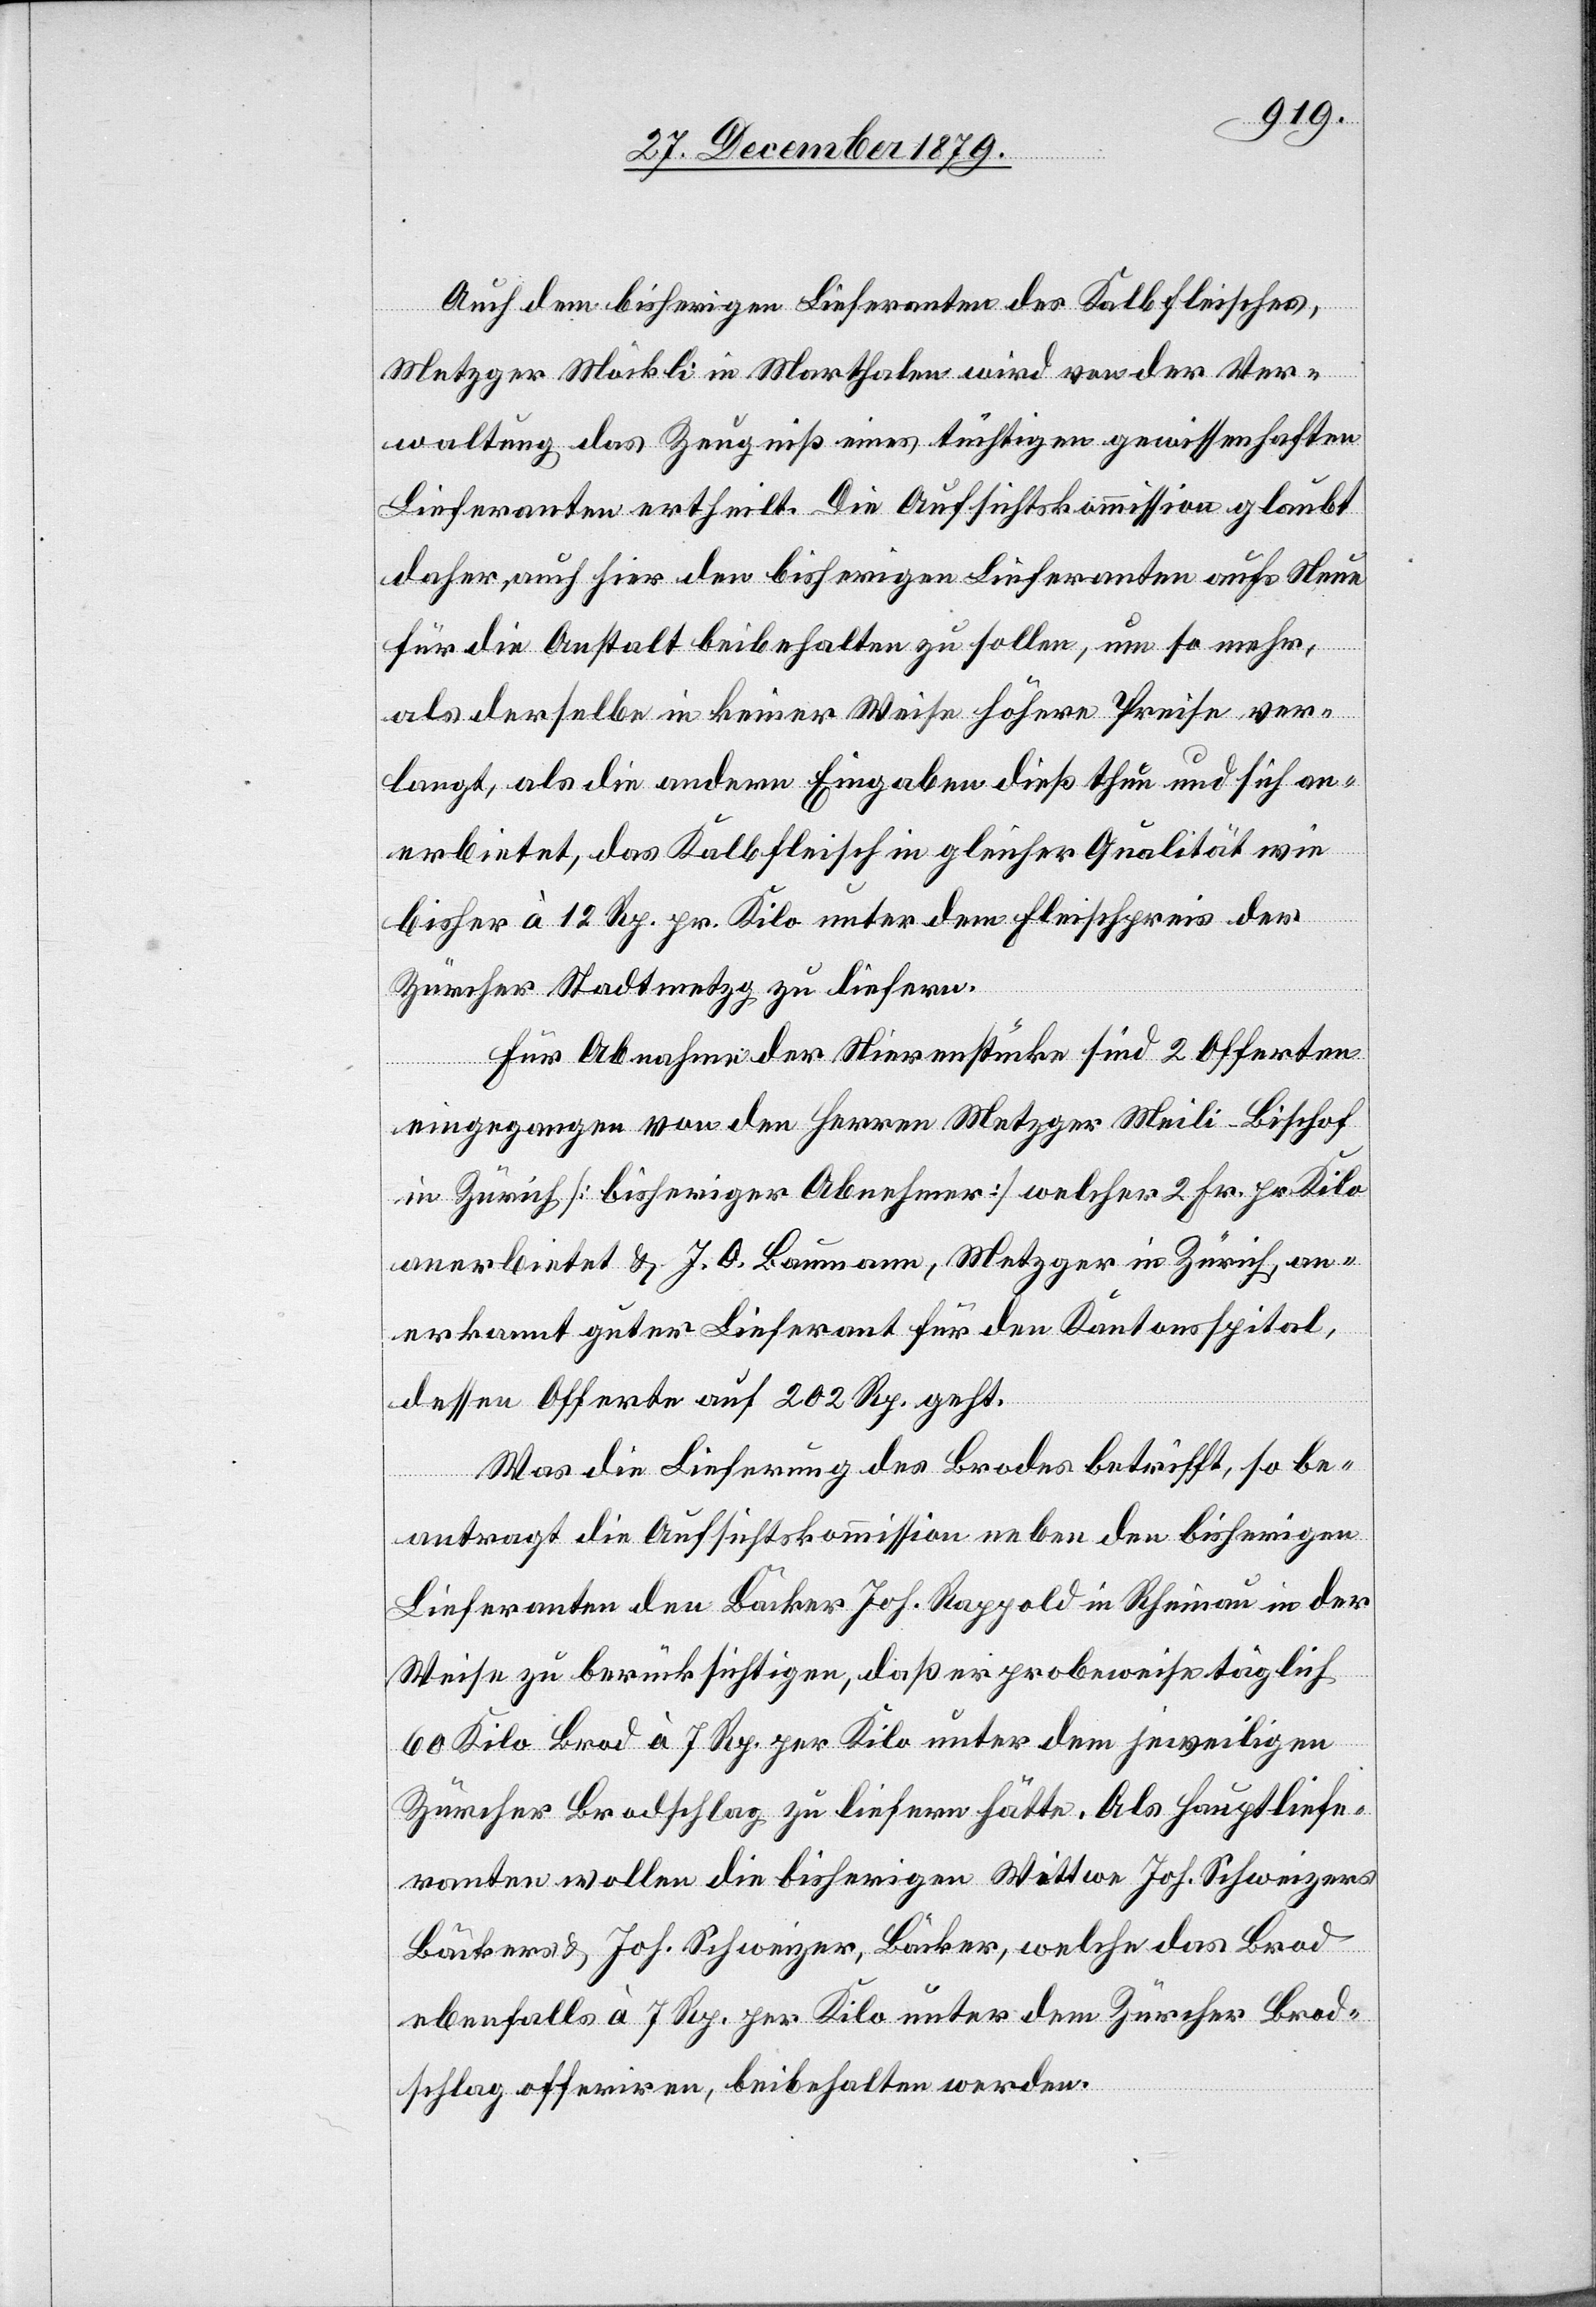
Auch dem bisherigen Lieferanten des Kalbfleisches,
Metzger Möckli in Marthalen wird von der Ver¬
waltung das Zeugniß eines tüchtigen gewissenhaften
Lieferanten ertheilt. Die Aufsichtskommission glaubt
daher, auch hier den bisherigen Lieferanten aufs Neue
für die Anstalt beibehalten zu sollen, um so mehr,
als derselbe in keiner Weise höhere Preise ver¬
langt, als die andern Eingaben dieß thun und sich an¬
erbietet, das Kalbfleisch in gleicher Qualität wie
bisher à 12 Rp. per Kilo unter dem Fleischpreis der
Zürcher Stadtmetzg zu liefern.
Für Abnahme der Nierenstücke sind 2 Offerten
eingegangen von den Herren Metzger Meili-Bischof
in Zürich [bisheriger Abnehmer] welcher 2 Fr. pr. Kilo
anerbietet & J. O. Baumann, Metzger in Zürich, an¬
erkannt guter Lieferant für den Kantonsspital,
dessen Offerte auf 202 Rp. geht.
Was die Lieferung des Brodes betriff, so be¬
antragt die Aufsichtskommission neben den bisherigen
Lieferanten den Bäcker Joh. Rappold in Rheinau in der
Weise zu berücksichtigen, daß er probeweise täglich
60 Kilo Brod à 7 Rp. per Kilo unter dem jeweiligen
Zürcher Brodschlag zu liefern hätte. Als Hauptliefe¬
ranten wollen die bisherigen Wittwe Joh. Schweizers
Bäckers & Joh. Schweizer, Bäcker, welche das Brod
ebenfalls à 7 Rp. per Kilo unter dem Zürcher Brod¬
schlag offeriren, beibehalten werden.